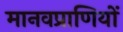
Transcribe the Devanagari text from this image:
मानवप्राणियों